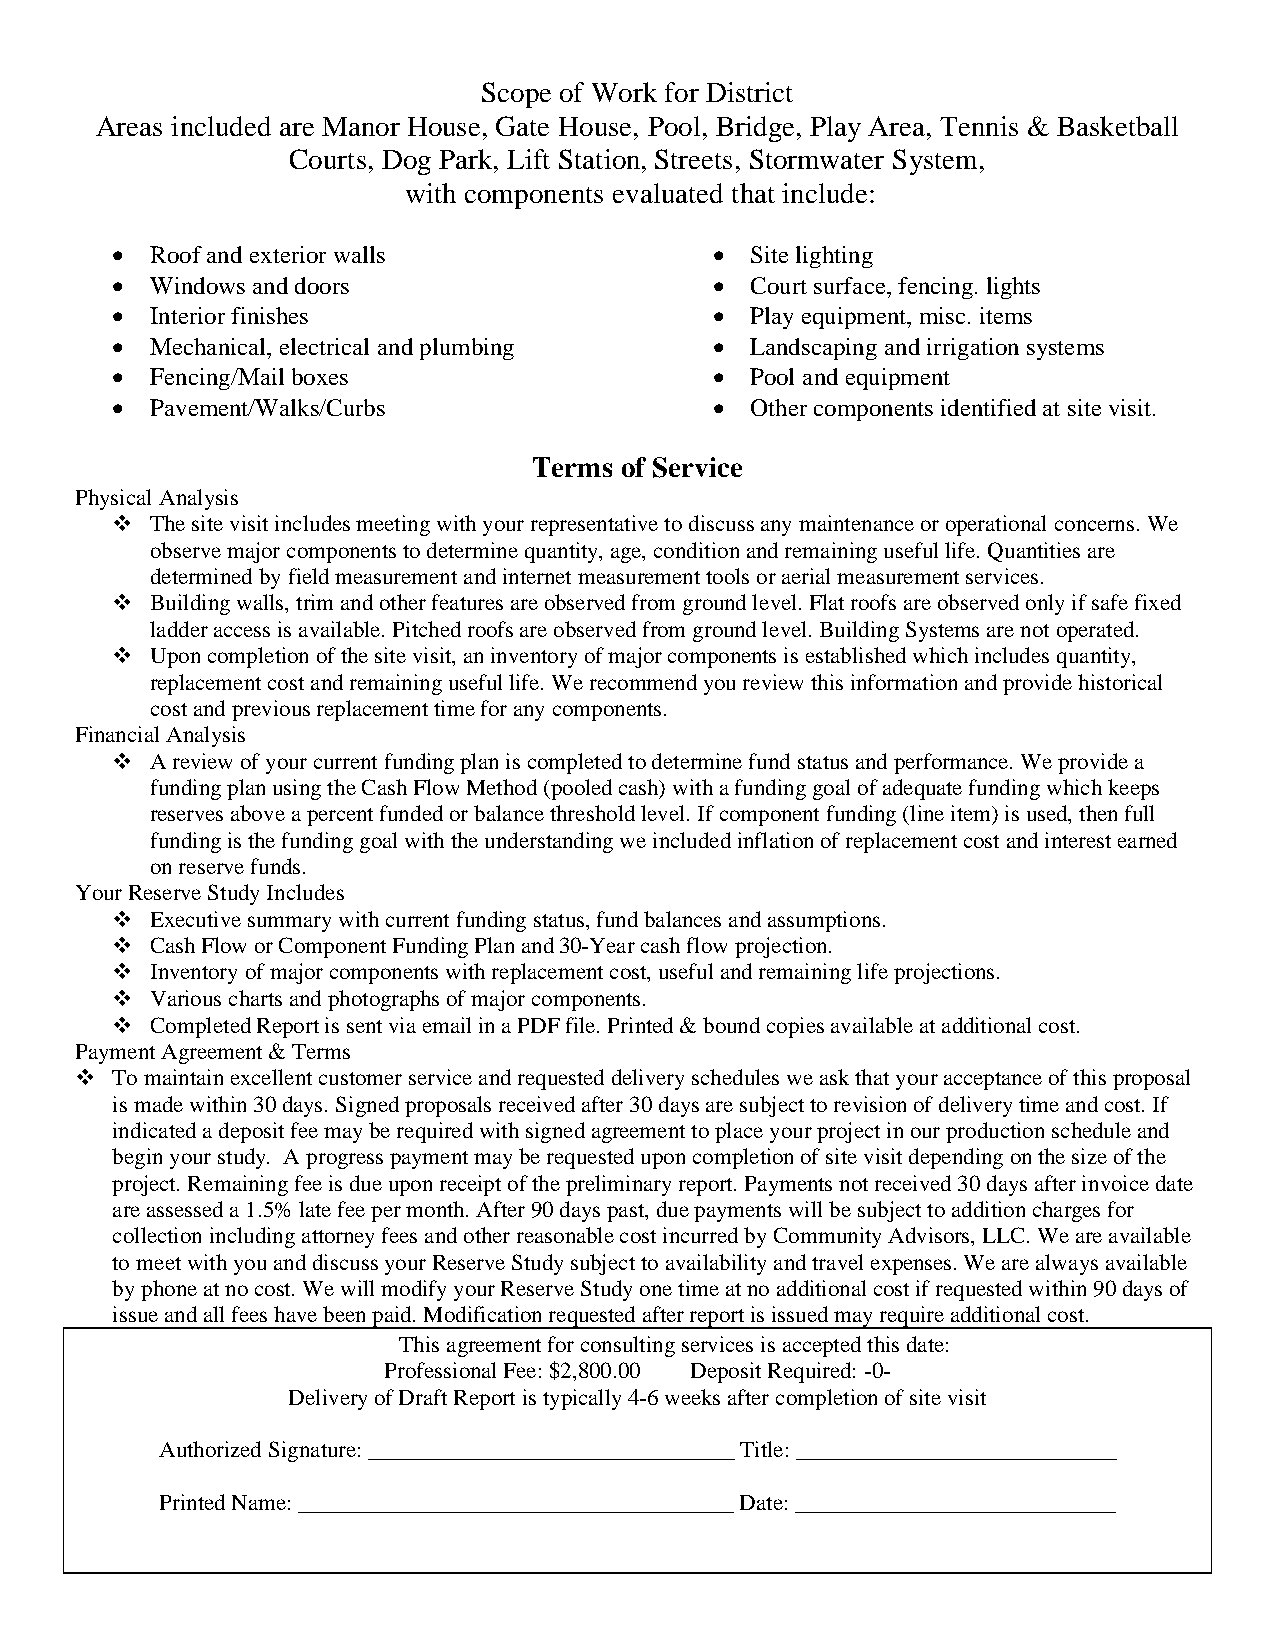
Scope of Work for District
 Areas included are Manor House, Gate House, Pool, Bridge, Play Area, Tennis & Basketball
 Courts, Dog Park, Lift Station, Streets, Stormwater System,
 with components evaluated that include:
 ·  Roof and exterior walls              ·  Site lighting
 ·  Windows and doors                    ·  Court surface, fencing. lights
 ·  Interior finishes                    ·  Play equipment, misc. items
 ·  Mechanical, electrical and plumbing  ·  Landscaping and irrigation systems
 ·  Fencing/Mail boxes                   ·  Pool and equipment
 ·  Pavement/Walks/Curbs                 ·  Other components identified at site visit.
 Terms of Service
 Physical Analysis
 v  The site visit includes meeting with your representative to discuss any maintenance or operational concerns. We
 observe major components to determine quantity, age, condition and remaining useful life. Quantities are
 determined by field measurement and internet measurement tools or aerial measurement services.
 v  Building walls, trim and other features are observed from ground level. Flat roofs are observed only if safe fixed
 ladder access is available. Pitched roofs are observed from ground level. Building Systems are not operated.
 v  Upon completion of the site visit, an inventory of major components is established which includes quantity,
 replacement cost and remaining useful life. We recommend you review this information and provide historical
 cost and previous replacement time for any components.
 Financial Analysis
 v  A review of your current funding plan is completed to determine fund status and performance. We provide a
 funding plan using the Cash Flow Method (pooled cash) with a funding goal of adequate funding which keeps
 reserves above a percent funded or balance threshold level. If component funding (line item) is used, then full
 funding is the funding goal with the understanding we included inflation of replacement cost and interest earned
 on reserve funds.
 Your Reserve Study Includes
 v  Executive summary with current funding status, fund balances and assumptions.
 v  Cash Flow or Component Funding Plan and 30-Year cash flow projection.
 v  Inventory of major components with replacement cost, useful and remaining life projections.
 v  Various charts and photographs of major components.
 v  Completed Report is sent via email in a PDF file. Printed & bound copies available at additional cost.
 Payment Agreement & Terms
 v To maintain excellent customer service and requested delivery schedules we ask that your acceptance of this proposal
 is made within 30 days. Signed proposals received after 30 days are subject to revision of delivery time and cost. If
 indicated a deposit fee may be required with signed agreement to place your project in our production schedule and
 begin your study. A progress payment may be requested upon completion of site visit depending on the size of the
 project. Remaining fee is due upon receipt of the preliminary report. Payments not received 30 days after invoice date
 are assessed a 1.5% late fee per month. After 90 days past, due payments will be subject to addition charges for
 collection including attorney fees and other reasonable cost incurred by Community Advisors, LLC. We are available
 to meet with you and discuss your Reserve Study subject to availability and travel expenses. We are always available
 by phone at no cost. We will modify your Reserve Study one time at no additional cost if requested within 90 days of
 issue and all fees have been paid. Modification requested after report is issued may require additional cost.
 This agreement for consulting services is accepted this date:
 Professional Fee: $2,800.00 Deposit Required: -0-
 Delivery of Draft Report is typically 4-6 weeks after completion of site visit
 Authorized Signature: ________________________________ Title: ____________________________
 Printed Name: ______________________________________ Date: ____________________________